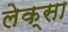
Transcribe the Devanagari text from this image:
लेक्सा